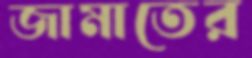
জামাতের